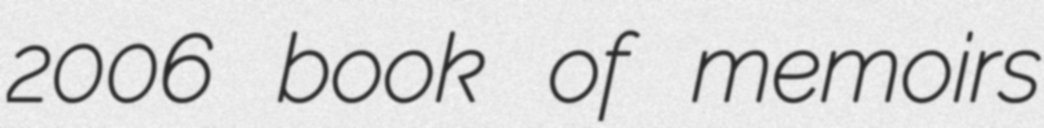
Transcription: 2006 book of memoirs